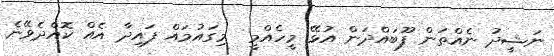
ނަޝީދު ނެއްތަން ފޫބައްދަން އުޅޭ މީހެއްމީ  މިގައުމައް ފައިދާ އެއް ކޮއްދެވޭނެ